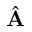
\hat { \bf A }